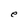
Character: e